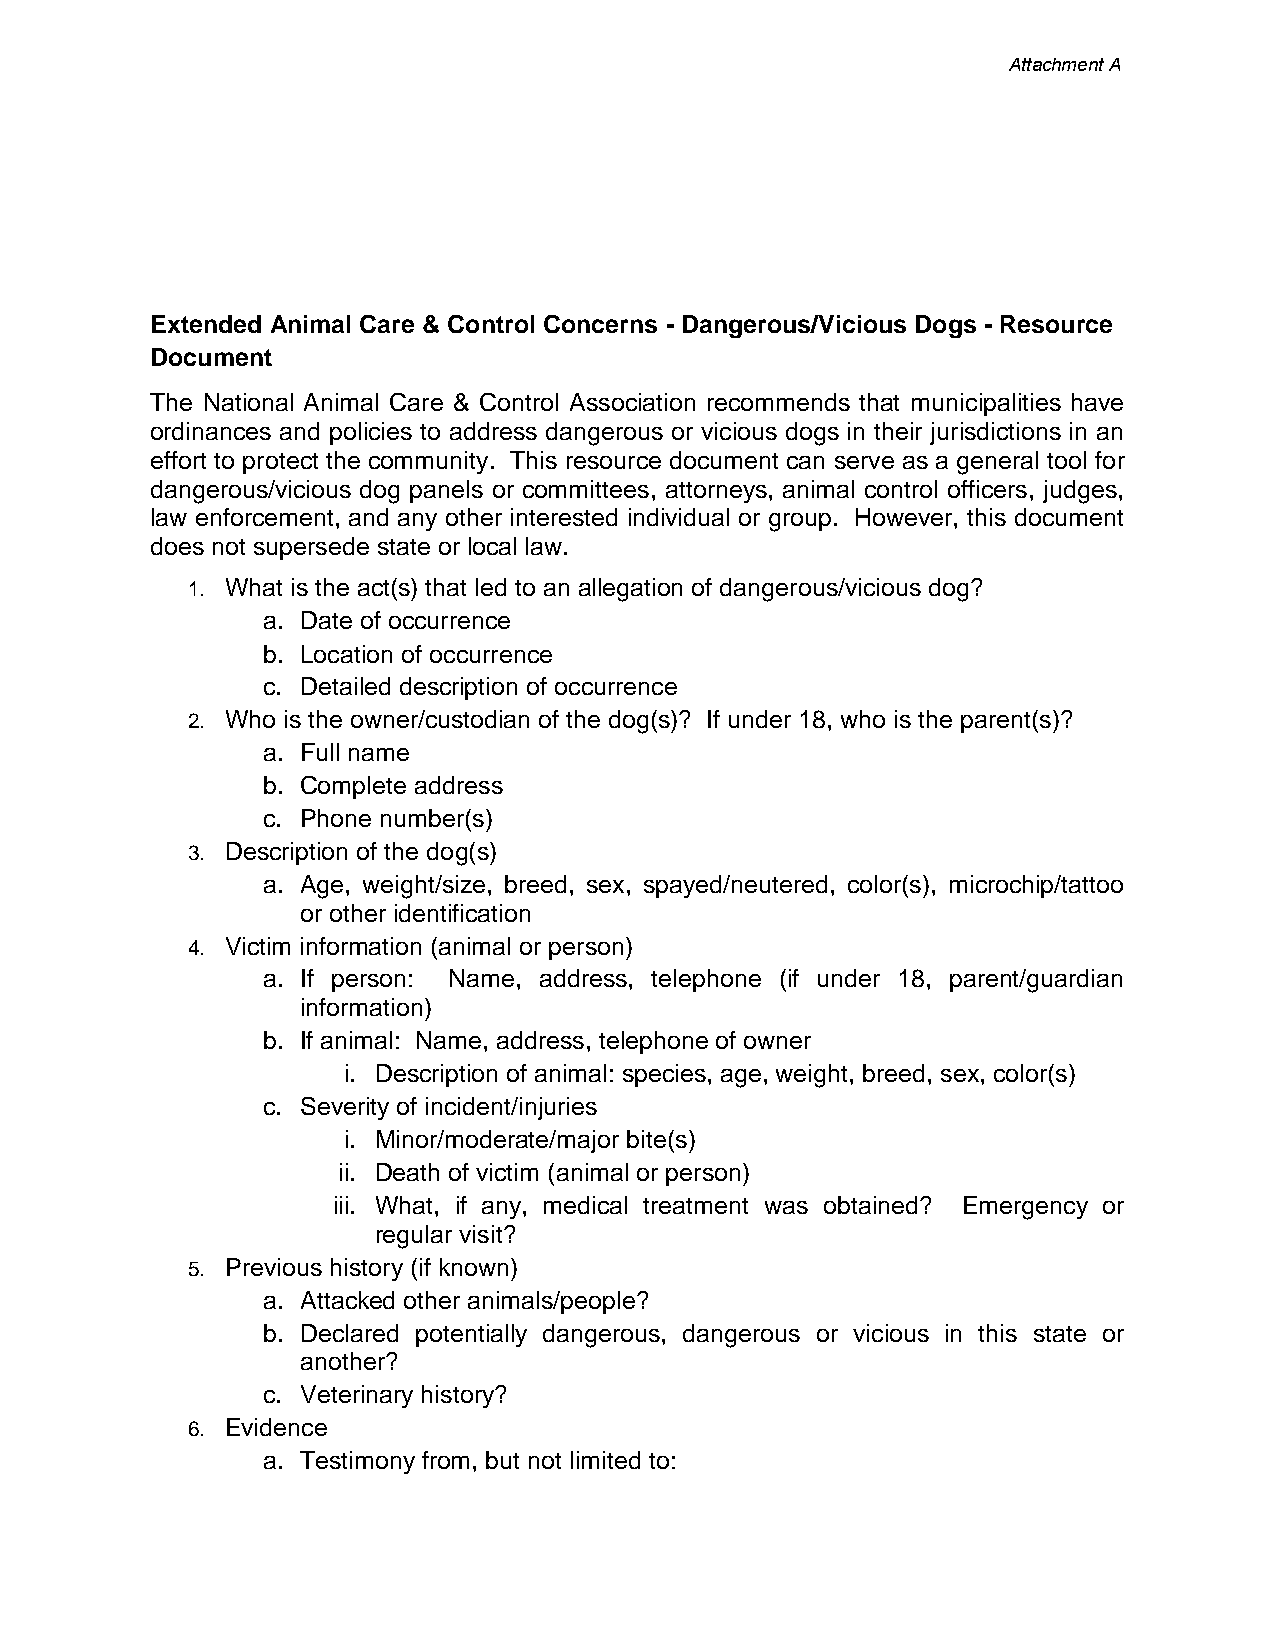
Attachment A
 Extended Animal Care & Control Concerns - Dangerous/Vicious Dogs - Resource
 Document
 The National Animal Care & Control Association recommends that municipalities have
 ordinances and policies to address dangerous or vicious dogs in their jurisdictions in an
 effort to protect the community. This resource document can serve as a general tool for
 dangerous/vicious dog panels or committees, attorneys, animal control officers, judges,
 law enforcement, and any other interested individual or group. However, this document
 does not supersede state or local law.
 1. What is the act(s) that led to an allegation of dangerous/vicious dog?
 a. Date of occurrence
 b. Location of occurrence
 c. Detailed description of occurrence
 2. Who is the owner/custodian of the dog(s)? If under 18, who is the parent(s)?
 a. Full name
 b. Complete address
 c. Phone number(s)
 3. Description of the dog(s)
 a. Age, weight/size, breed, sex, spayed/neutered, color(s), microchip/tattoo
 or other identification
 4. Victim information (animal or person)
 a. If person: Name, address, telephone (if under 18, parent/guardian
 information)
 b. If animal: Name, address, telephone of owner
 i. Description of animal: species, age, weight, breed, sex, color(s)
 c. Severity of incident/injuries
 i. Minor/moderate/major bite(s)
 ii. Death of victim (animal or person)
 iii. What, if any, medical treatment was obtained? Emergency or
 regular visit?
 5. Previous history (if known)
 a. Attacked other animals/people?
 b. Declared potentially dangerous, dangerous or vicious in this state or
 another?
 c. Veterinary history?
 6. Evidence
 a. Testimony from, but not limited to: